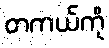
တကယ်ကို